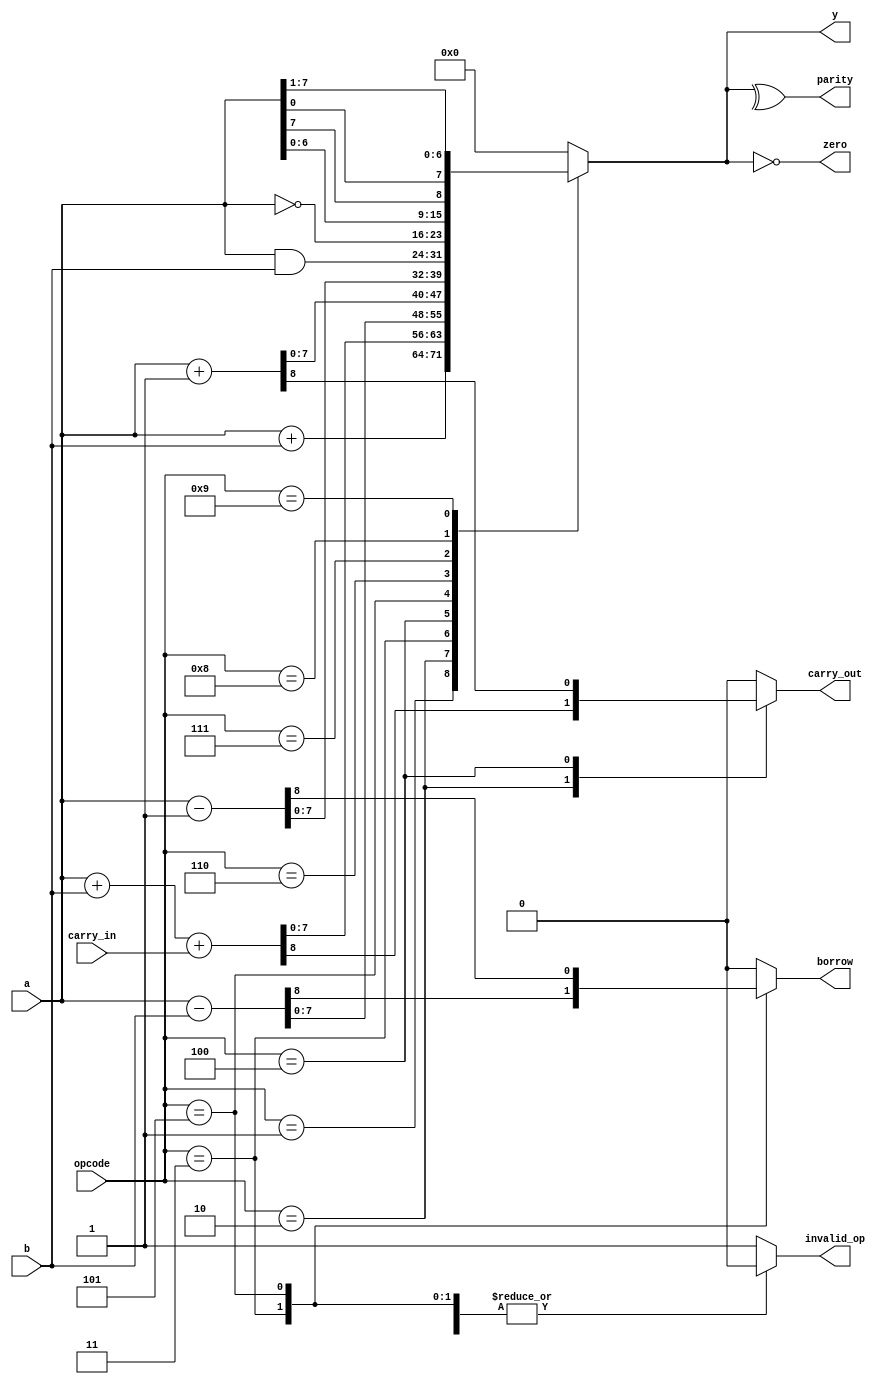

module ALU
    // Parameters section
    #( parameter BUS_WIDTH = 8)
    // Ports section
    (input [BUS_WIDTH-1:0] a,
     input [BUS_WIDTH-1:0] b,
     input carry_in,
     input [3:0] opcode,
     output reg [BUS_WIDTH-1:0] y,
     output reg carry_out,
     output reg borrow,
     output zero,
     output parity,
     output reg invalid_op
    );
  
    // Define a list of opcodes
    localparam OP_ADD       = 1; // A + B
    localparam OP_ADD_CARRY = 2; // A + B + Carry
    localparam OP_SUB = 3;       // Subtract B from A
    localparam OP_INC = 4;       // Increment A
    localparam OP_DEC = 5;       // Decrement A
    localparam OP_AND = 6;       // Bitwise AND
    localparam OP_NOT = 7;       // Bitwise NOT
    localparam OP_ROL = 8;       // Rotate Left
    localparam OP_ROR = 9;       // Rotate Right  
  
    always @(*) begin
        y = 0; carry_out = 0; borrow = 0; invalid_op = 0;
        case (opcode)
            OP_ADD        :  begin y = a + b; end
            OP_ADD_CARRY  :  begin {carry_out, y} = a + b + carry_in; end
            OP_SUB        :  begin {borrow, y} = a - b; end
            OP_INC        :  begin {carry_out, y} = a + 1'b1; end
            OP_DEC        :  begin {borrow, y} = a - 1'b1; end
            OP_AND        :  begin y = a & b; end
            OP_NOT        :  begin y = ~a; end
            OP_ROL        :  begin y = {a[BUS_WIDTH-2:0], a[BUS_WIDTH-1]}; end
            OP_ROR        :  begin y = {a[0], a[BUS_WIDTH-1:1]}; end
            default: begin invalid_op = 1; y = 0; carry_out = 0; borrow = 0;  end
        endcase
    end
  
    assign parity = ^y;
    assign zero = (y == 0);
endmodule




`timescale 1us/1ns
module tb_ALU();
	
	// Testbench variables
    parameter BUS_WIDTH = 8;
    reg  [3:0] opcode;
    reg [BUS_WIDTH-1:0] a, b;
    reg carry_in;
    wire [BUS_WIDTH-1:0] y;
    wire carry_out;
    wire borrow;
    wire zero;
    wire parity;
    wire invalid_op;
	
	// Define a list of opcodes
    localparam OP_ADD       = 1; // A + B
    localparam OP_ADD_CARRY = 2; // A + B + Carry
    localparam OP_SUB = 3;       // Subtract B from A
    localparam OP_INC = 4;       // Increment A
    localparam OP_DEC = 5;       // Decrement A
    localparam OP_AND = 6;       // Bitwise AND
    localparam OP_NOT = 7;       // Bitwise NOT
    localparam OP_ROL = 8;       // Rotate Left
    localparam OP_ROR = 9;       // Rotate Right  
    integer success_count = 0, error_count = 0, test_count = 0, i = 0;

    // Instantiate the DUT (8bit ALU)
    ALU
    #(.BUS_WIDTH(BUS_WIDTH))
    ALU0
   (.a         (a         ),
    .b         (b         ),
    .carry_in  (carry_in  ),
    .opcode    (opcode    ),
    .y         (y         ),
    .carry_out (carry_out ),
    .borrow    (borrow    ),
    .zero      (zero      ),
    .parity    (parity    ),
    .invalid_op(invalid_op)
    );
    
	// This is used to model the ALU behavior at testbench level
	// for creating the expected data.
	// model_ALU = {invalid_op, parity, zero, borrow, carry_out, [BUS_WIDTH-1:0] y}
	// The size of model_ALU is BUS_WIDTH-1+5 = BUS_WIDTH+4	
	function [BUS_WIDTH+4:0] model_ALU(input [3:0] opcode, 
	                                   input [BUS_WIDTH-1:0] a,
					                   input [BUS_WIDTH-1:0] b,
					                   input carry_in);
		// Local variables used to model the ALU behavior
	    reg [BUS_WIDTH-1:0] y; 
        reg carry_out;
        reg borrow;
        reg zero;
        reg parity;
        reg invalid_op;
		
	    begin
		    y = 0; carry_out = 0; borrow = 0; invalid_op = 0;
            case (opcode)
                OP_ADD        :  begin {carry_out, y} = a + b; end // different than the RTL
                OP_ADD_CARRY  :  begin {carry_out, y} = a + b + carry_in; end
                OP_SUB        :  begin {borrow, y} = a - b; end
                OP_INC        :  begin {carry_out, y} = a + 1'b1; end
                OP_DEC        :  begin {borrow, y} = a - 1'b1; end
                OP_AND        :  begin y = a & b; end
                OP_NOT        :  begin y = ~a; end
                OP_ROL        :  begin y = {a[BUS_WIDTH-2:0], a[BUS_WIDTH-1]}; end
                OP_ROR        :  begin y = {a[0], a[BUS_WIDTH-1:1]}; end
                default: begin invalid_op = 1; y = 0; carry_out = 0; borrow = 0; end
            endcase
		    
		    parity = ^y; 
			zero  = (y == 0);
			model_ALU = {invalid_op, parity, zero, borrow, carry_out, y};
		end	
	endfunction
	
	
    // Compare the outputs of the ALU with the outputs of the model_ALU
	task compare_data(input [BUS_WIDTH+4:0] expected_ALU, input [BUS_WIDTH+4:0] observed_ALU); 
	    begin
		   
		    if (expected_ALU === observed_ALU) begin // use case equality opearator
				$display($time, " SUCCESS \t EXPECTED invalid_op=%0d, parity=%b, zero=%b, borrow=%b, carry_out=%b, y=%b", 
				                  expected_ALU[BUS_WIDTH+4], expected_ALU[BUS_WIDTH+3], expected_ALU[BUS_WIDTH+2],
								  expected_ALU[BUS_WIDTH+1], expected_ALU[BUS_WIDTH], expected_ALU[BUS_WIDTH-1:0]);
				$display($time, "         \t OBSERVED invalid_op=%0d, parity=%b, zero=%b, borrow=%b, carry_out=%b, y=%b", 
				                  observed_ALU[BUS_WIDTH+4], observed_ALU[BUS_WIDTH+3], observed_ALU[BUS_WIDTH+2],
								  observed_ALU[BUS_WIDTH+1], observed_ALU[BUS_WIDTH], observed_ALU[BUS_WIDTH-1:0]);
                success_count = success_count + 1;				
            end else begin
                $display($time, " ERROR \t EXPECTED invalid_op=%0d, parity=%b, zero=%b, borrow=%b, carry_out=%b, y=%b", 
				                  expected_ALU[BUS_WIDTH+4], expected_ALU[BUS_WIDTH+3], expected_ALU[BUS_WIDTH+2],
								  expected_ALU[BUS_WIDTH+1], expected_ALU[BUS_WIDTH], expected_ALU[BUS_WIDTH-1:0]);
				$display($time, "       \t OBSERVED invalid_op=%0d, parity=%b, zero=%b, borrow=%b, carry_out=%b, y=%b", 
				                  observed_ALU[BUS_WIDTH+4], observed_ALU[BUS_WIDTH+3], observed_ALU[BUS_WIDTH+2],
								  observed_ALU[BUS_WIDTH+1], observed_ALU[BUS_WIDTH], observed_ALU[BUS_WIDTH-1:0]);				
			    error_count = error_count + 1;
            end
            test_count = test_count + 1;			
		end
	endtask
	
	
    // Create stimulus
    initial begin
	
	    for(i=0; i<1000; i=i+1) begin // change here the number of tests
		    opcode   = $random % 10'd11; // also 1 invalid operation can occur
            a        = $random;
			b        = $random;
            carry_in = $random;
			
			#1; // give some time to the combinational circuit to compute (propagation delay)
			$display($time, " TEST%0d opcode = %0d, a = %0d, b = %0d, carry_in = %0b", i, opcode, a, b, carry_in);
		    compare_data(model_ALU(opcode, a, b, carry_in), {invalid_op, parity, zero, borrow, carry_out, y});
			
			#2; // wait some time before the next test
		end
	   
        // Print statistics 
	    $display($time, " TEST RESULTS success_count = %0d, error_count = %0d, test_count = %0d", 
		                success_count, error_count, test_count);
	    #40 $stop;   
    end  
endmodule